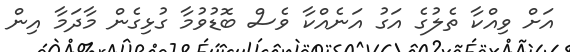
އަށް ވިއްކާ ތެލުގެ އަގު އަނެއްކާ ވެސް ބޮޑުވުމާ ގުޅިގެން މާދަމާ އިން